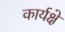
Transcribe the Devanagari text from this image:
कार्यक्षे